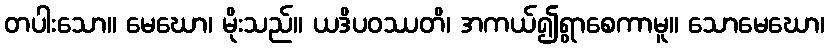
တပါးသော။ မေဃော၊ မိုးသည်။ ယဒိပဝဿတိ၊ အကယ်၍ရွာစေကာမူ။ သောမေဃော၊